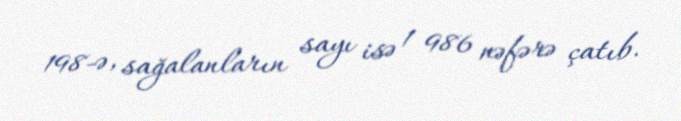
198-ə, sağalanların sayı isə 1 986 nəfərə çatıb.